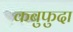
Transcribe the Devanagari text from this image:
कबुफुदा